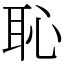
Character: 恥